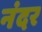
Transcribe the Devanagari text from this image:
नंदर